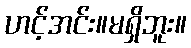
ဟင့်အင်း။မရှိဘူး။